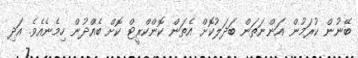
ބޭނުން ކުރަމުން އަންނަތަން ބަދަލުކޮށް އެތަން ކޮންކްރީޓް ކޮށް ބެއްދުން ހިމެނެއެވެ. އަދި